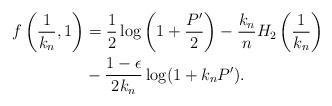
LaTeX: \begin{align*} f\left(\frac1{k_n},1\right) &= \frac{1}{2} \log\left( 1 + \frac{ P'}{2} \right) - \frac{k_n}{n} H_2 \left( \frac{1}{k_n} \right) \\ &- \frac{1-\epsilon}{2 k_n} \log(1+k_n P') . \end{align*}